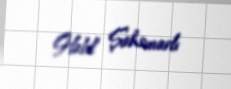
Habil Şahsuvarlı